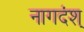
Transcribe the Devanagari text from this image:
नागदंश्